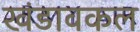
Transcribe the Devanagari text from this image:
खंडावकल